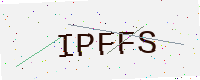
Text: IPFFS